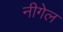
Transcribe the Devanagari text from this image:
नीगेल